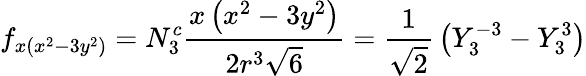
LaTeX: f_{x(x^{2}-3y^{2})}=N_{3}^{c}{\frac{x\left(x^{2}-3y^{2}\right)}{2r^{3}{\sqrt{6}}}}={\frac{1}{\sqrt{2}}}\left(Y_{3}^{-3}-Y_{3}^{3}\right)